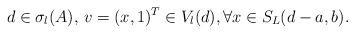
LaTeX: \begin{align*} d\in \sigma_l(A),\,v=(x,1)^T\in V_l(d), \forall x\in S_L(d-a,b).\end{align*}